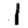
Digit: 1